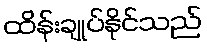
ထိန်းချုပ်နိုင်သည်